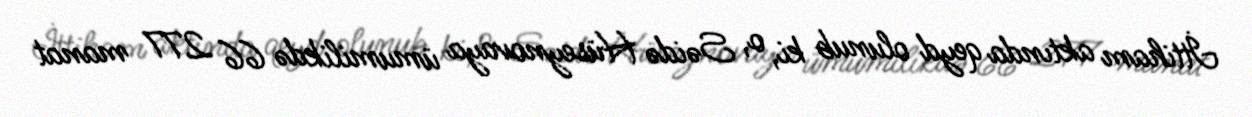
İttiham aktında qeyd olunub ki, o, Səidə Hüseynovaya ümumilikdə 66 277 manat